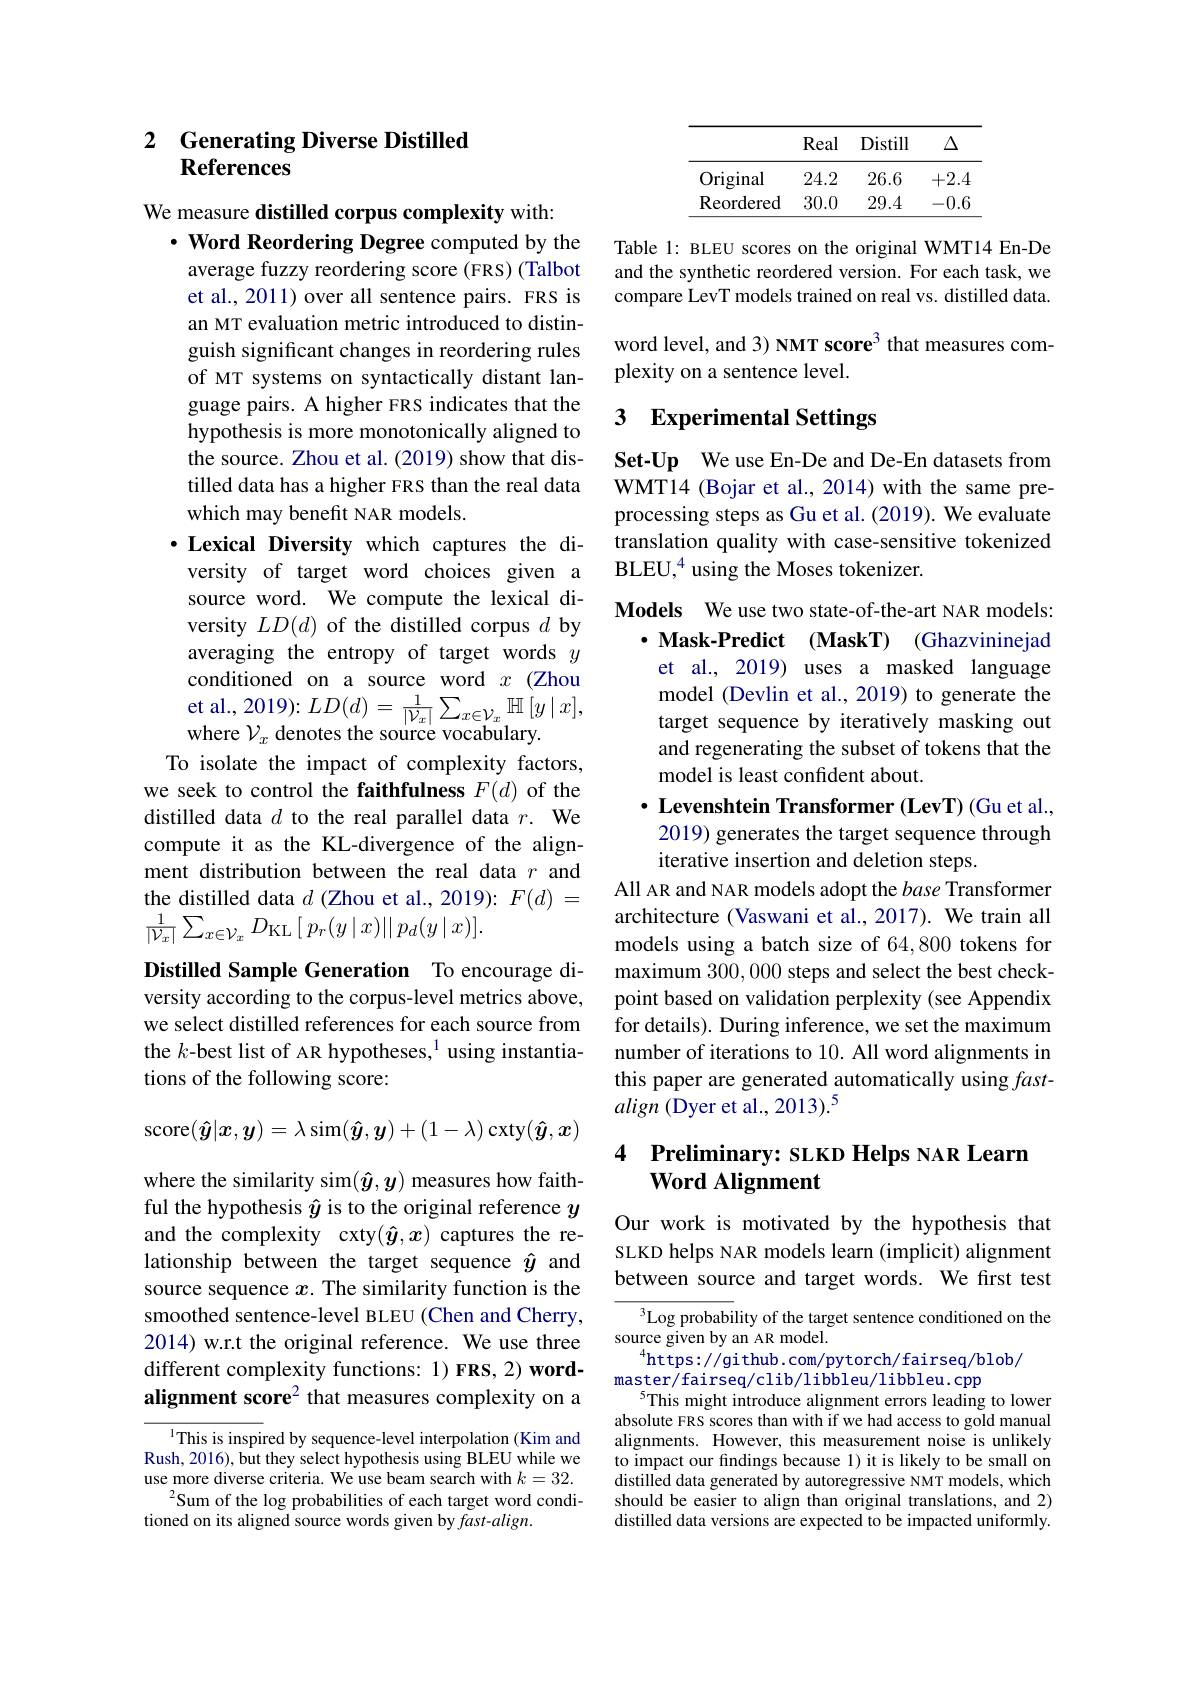
### 2 Generating Diverse Distilled References

## We measure distilled corpus complexity with: $\cdot$ Word Reordering Degree computed by the average fuzzy reordering score (FRS) (Talbot

et al., 2011) over all sentence pairs. FRS is an MT evaluation metric introduced to distinguish significant changes in reordering rules of MT systems on syntactically distant language pairs. A higher FRS indicates that the hypothesis is more monotonically aligned to the source. Zhou et al. (2019) show that distilled data has a higher FRS than the real data which may benefit NAR models.
$\cdot$ Lexical Diversity which captures the diversity of target word choices given a source word. We compute the lexical diversity $LD(d)$ of the distilled corpus $d$ by averaging the entropy of target words $y$ conditioned on a source word $x$ (Zhou et al., 2019): $LD(d)=\frac{1}{|\mathcal{V}_{x}|}\sum_{x\in\mathcal{V}_{x}}\mathbb{H}\left[y\mid x\right]$, where $\mathcal{V}_x$ denotes the source vocabulary.
To isolate the impact of complexity factors, we seek to control the faithfulness $F(d)$ of the distilled data $d$ to the real parallel data $r.$ We compute it as the KL-divergence of the alignment distribution between the real data $r$ and the distilled data $d$ (Zhou et al., 2019): $F(d)=$ $\frac{1}{|\mathcal{V}_{x}|}\sum_{x\in\mathcal{V}_{x}}D_{\mathrm{KL}}\left[\:p_{r}(y\mid x)||\:p_{d}(y\mid x)\right].$
Distilled Sample Generation To encourage di-

versity according to the corpus-level metrics above, we select distilled references for each source from the $k$-best list of AR hypotheses,$^1$using instantiations of the following score:

score$(\hat{\boldsymbol{y}}|x,\boldsymbol{y})=\lambda\sin(\hat{\boldsymbol{y}},\boldsymbol{y})+(1-\lambda)\operatorname{cxty}(\hat{\boldsymbol{y}},\boldsymbol{x})$

where the similarity sim$(\hat{\boldsymbol{y}},\boldsymbol{y})$ measures how faithful the hypothesis $\hat{y}$ is to the original reference $y$ and the complexity cxty$(\hat{y},x)$ captures the relationship between the target sequence $\hat{y}$ and source sequence $x$. The similarity function is the smoothed sentence-level BLEU (Chen and Cherry, 2014) w.r.t the original reference. We use three different complexity functions: 1) FRS, 2) wordalignment score$^{2}$ that measures complexity on a

${^{1}\text{This is inspired by sequence-level interpolation(Kim and}}$ Rush, 2016), but they select hypothesis using BLEU while we use more diverse criteria. We use beam search with $k=32.$
$^{2}$Sum of the log probabilities of each target word condi-
tioned on its aligned source words given by fast-align.

<table>
	<tbody>
		<tr>
			<th> </th>
			<th>Real</th>
			<th>Distill</th>
			<th>$\Delta$</th>
		</tr>
		<tr>
			<td>Original</td>
			<td>24.2</td>
			<td>26.6</td>
			<td>+2.4</td>
		</tr>
		<tr>
			<td>Reordered</td>
			<td>30.0</td>
			<td>29.4</td>
			<td>-0.6 -</td>
		</tr>
	</tbody>
</table>

Table 1: BLEU scores on the original WMT14 En-De and the synthetic reordered version. For each task, we compare LevT models trained on real vs. distilled data. word level, and 3) NMT score$^{3}$ that measures complexity on a sentence level.

## 3 $\textbf{Experimental Settings}$

Set-Up We use En-De and De-En datasets from WMT14 (Bojar et al., 2014) with the same preprocessing steps as Gu et al. (2019). We evaluate translation quality with case-sensitive tokenized BLEU,$^4$using the Moses tokenizer.

Models We use two state-of-the-art NAR models:
$\cdot$ Mask-Predict (MaskT) (Ghazvininejad et al., 2019) uses a masked language model (Devlin et al., 2019) to generate the target sequence by iteratively masking out and regenerating the subset of tokens that the model is least confident about.
$\cdot$ Levenshtein Transformer (LevT) (Gu et al., 2019) generates the target sequence through iterative insertion and deletion steps.
All AR and NAR models adopt the base Transformer architecture (Vaswani et al., 2017). We train all models using a batch size of 64,800 tokens for maximum 300,000 steps and select the best checkpoint based on validation perplexity (see Appendix for details). During inference, we set the maximum number of iterations to 10. All word alignments in this paper are generated automatically using fastalign (Dyer et al., 2013).$^5$

# 4 Preliminary: SLKD Helps NAR Learn $\textbf{Word Alignment}$

Our work is motivated by the hypothesis that SLKD helps NAR models learn (implicit) alignment between source and target words. We first test

$^3$Log probability of the target sentence conditioned on the
source given by an AR model.
$^{4}$https://gi thub. com/pytorch/fairseq/blob/
master/fairseq/clib/libbleu/libbleu.cpp
$^{5}$This might introduce alignment errors leading to lower absolute FRS scores than with if we had access to gold manual alignments. However, this measurement noise is unlikely to impact our findings because 1) it is likely to be small on distilled data generated by autoregressive NMT models, which should be easier to align than original translations, and 2) distilled data versions are expected to be impacted uniformly.